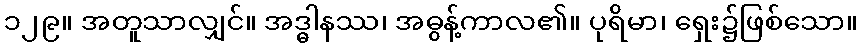
၁၂၉။ အတူသာလျှင်။ အဒ္ဓါနဿ၊ အဓွန့်ကာလ၏။ ပုရိမာ၊ ရှေး၌ဖြစ်သော။